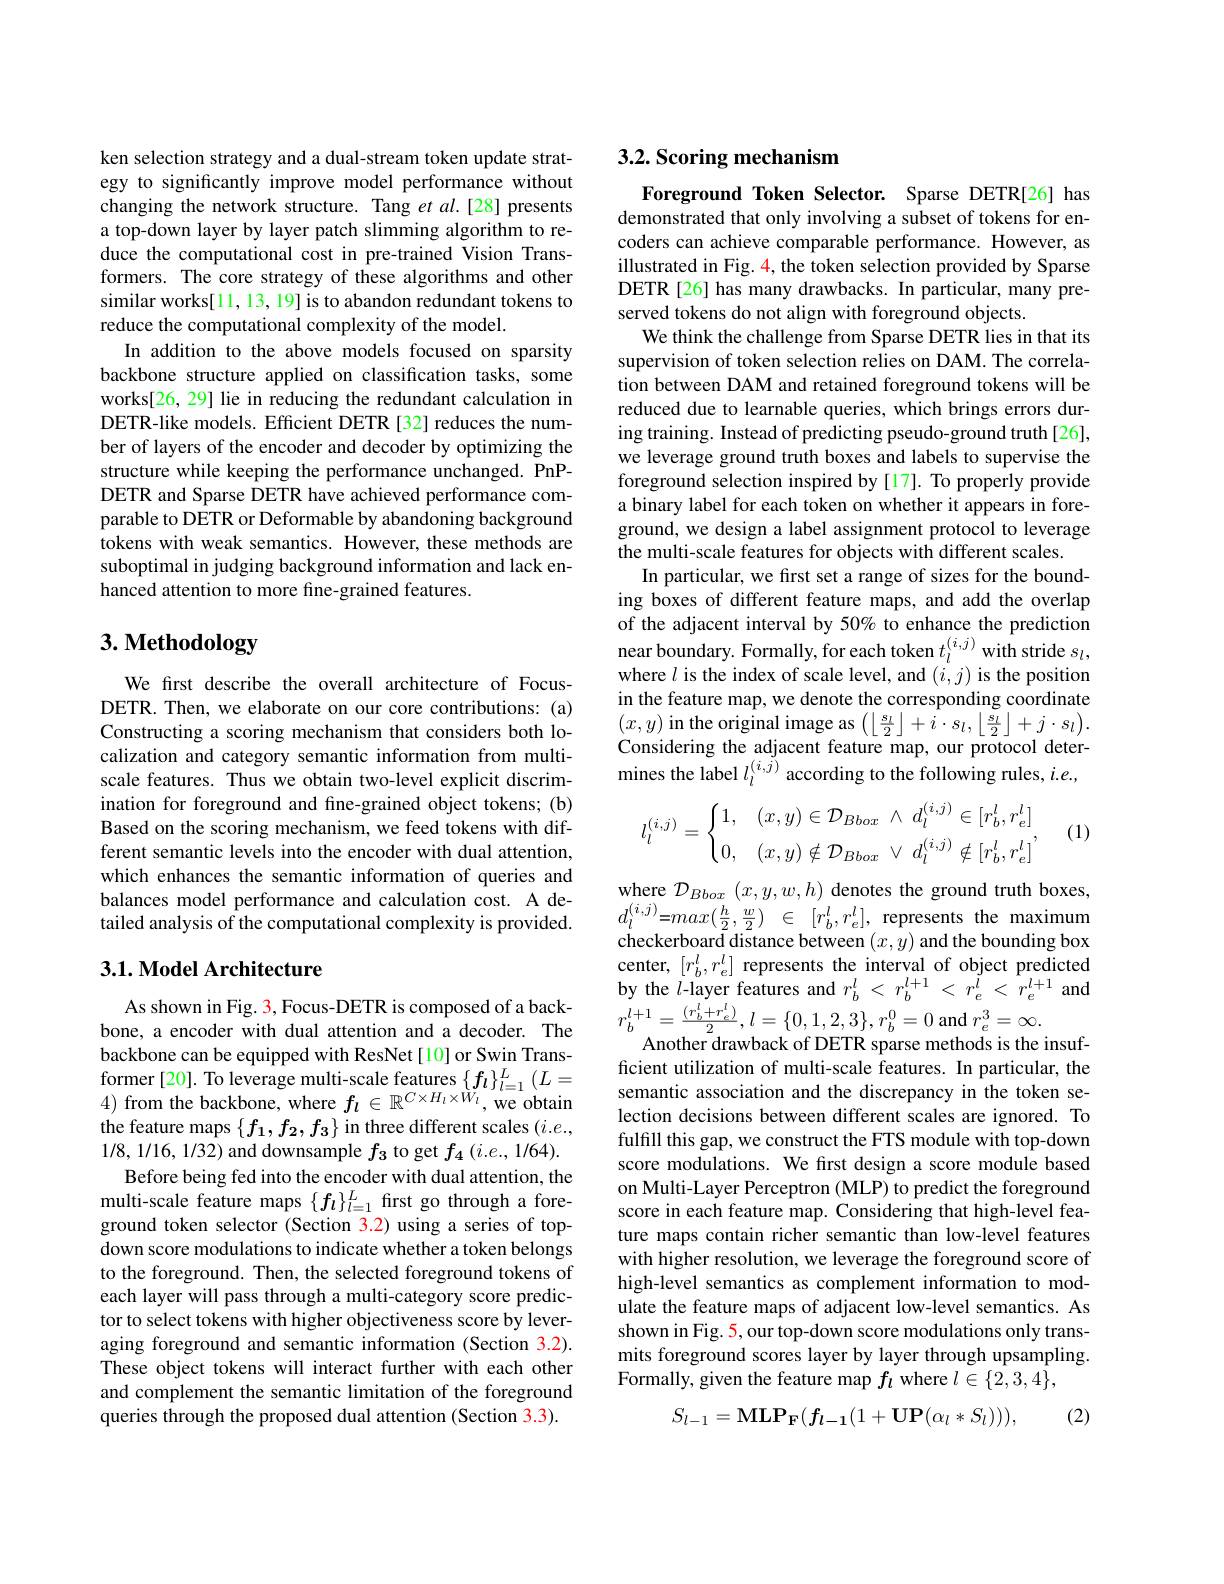
ken selection strategy and a dual-stream token update strategy to significantly improve model performance without changing the network structure. Tang et $al.[28]$ presents a top-down layer by layer patch slimming algorithm to reduce the computational cost in pre-trained Vision Transformers. The core strategy of these algorithms and other similar works[11,13,19] is to abandon redundant tokens to reduce the computational complexity of the model.
In addition to the above models focused on sparsity backbone structure applied on classification tasks, some works[26, 29] lie in reducing the redundant calculation in DETR-like models. Efficient DETR [32] reduces the number of layers of the encoder and decoder by optimizing the structure while keeping the performance unchanged. PnPDETR and Sparse DETR have achieved performance comparable to DETR or Deformable by abandoning background tokens with weak semantics. However, these methods are suboptimal in judging background information and lack enhanced attention to more fine-grained features.

# 3. Methodology

We first describe the overall architecture of FocusDETR. Then, we elaborate on our core contributions: (a) Constructing a scoring mechanism that considers both localization and category semantic information from multiscale features. Thus we obtain two-level explicit discrimination for foreground and fine-grained object tokens; (b) Based on the scoring mechanism, we feed tokens with different semantic levels into the encoder with dual attention, which enhances the semantic information of queries and balances model performance and calculation cost. A detailed analysis of the computational complexity is provided.

## 3.1. Model Architecture

As shown in Fig. 3, Focus-DETR is composed of a backbone, a encoder with dual attention and a decoder. The backbone can be equipped with ResNet[10] or Swin Trans- $\begin{array}{l}\text{former[20]. To leverage multi-scale features}\left\{\boldsymbol{f}_{l}\right\}_{l=1}^{L}\left(L=4\right)\text{from the backbone, where }f_{l}\in\mathbb{R}^{C\times H_{l}\times W_{l}},\text{we obtain}\end{array}$ the feature maps $\{f_1,f_2,f_3\}$ in three different scales $(i.e.$, 1/8,1/16,1/32) and downsample $f_3$ to get $f_4\left(i.e.,1/64\right).$
Before being fed into the encoder with dual attention, the multi-scale feature maps $\{f_l\}_{l=1}^L$ first go through a foreground token selector (Section 3.2) using a series of topdown score modulations to indicate whether a token belongs to the foreground. Then, the selected foreground tokens of each layer will pass through a multi-category score predictor to select tokens with higher objectiveness score by leveraging foreground and semantic information (Section 3.2). These object tokens will interact further with each other and complement the semantic limitation of the foreground queries through the proposed dual attention (Section 3.3).

### 3.2. Scoring mechanism

Foreground Token Selector. Sparse DETR[26] has demonstrated that only involving a subset of tokens for encoders can achieve comparable performance. However, as illustrated in Fig. $\color{red}{4,\text{the token selection provided by Sparse}}$ DETR[26] has many drawbacks. In particular, many preserved tokens do not align with foreground objects.
We think the challenge from Sparse DETR lies in that its supervision of token selection relies on DAM. The correlation between DAM and retained foreground tokens will be reduced due to learnable queries, which brings errors during training. Instead of predicting pseudo-ground truth[26], we leverage ground truth boxes and labels to supervise the foreground selection inspired by[17]. To properly provide a binary label for each token on whether it appears in foreground, we design a label assignment protocol to leverage the multi-scale features for objects with different scales.
In particular, we fırst set a range of sizes for the bounding boxes of different feature maps, and add the overlap of the adjacent interval by 50% to enhance the prediction near boundary. Formally, for each token $t_l^{(i,j)}$ with stride $s_l$, where $l$ is the index of scale level, and $(i,j)$ is the position in the feature map, we denote the corresponding coordinate $(x,y)$ in the original image as $\left(\left\lfloor\frac{s_{l}}{2}\right\rfloor+i\cdot s_{l},\left\lfloor\frac{s_{l}}{2}\right\rfloor+j\cdot s_{l}\right).$ Considering the adjacent feature map, our protocol determines the label $l_l^{(i,j)}$ according to the following rules, $i.e.$,
$$l_l^{(i,j)}=\begin{cases}1,&(x,y)\in\mathcal{D}_{Bbox}\:\wedge\:d_l^{(i,j)}\in[r_b^l,r_e^l]\\0,&(x,y)\notin\mathcal{D}_{Bbox}\:\vee\:d_l^{(i,j)}\notin[r_b^l,r_e^l]\end{cases},$$
(1)

where $\mathcal{D}_{Bbox}(x,y,w,h)$ denotes the ground truth boxes, $d_{l}^{( i, j) }= max( \frac h2, \frac w2)$ $\in$ $[ r_{b}^{l}, r_{e}^{l}] $,represents the maximum checkerboard distance between $(x,y)$ and the bounding box center, $[r_b^l,r_e^l]$ represents the interval of object predicted by the $l$-layer features and $r_b^l<r_b^{l+1}<r_e^{l}<r_e^{l+1}$ and $r_{b}^{l+ 1}= \frac {( r_{b}^{l}+ r_{e}^{l}) }2$, $l= \{ 0, 1, 2, 3\} $, $r_{b}^{0}= 0$ and $r_e^{3}=\infty.$
Another drawback of DETR sparse methods is the insufficient utilization of multi-scale features. In particular, the semantic association and the discrepancy in the token selection decisions between different scales are ignored. To fulfill this gap, we construct the FTS module with top-down score modulations. We first design a score module based on Multi-Layer Perceptron (MLP) to predict the foreground score in each feature map. Considering that high-level feature maps contain richer semantic than low-level features with higher resolution, we leverage the foreground score of high-level semantics as complement information to modulate the feature maps of adjacent low-level semantics. As shown in Fig. 5, our top-down score modulations only transmits foreground scores layer by layer through upsampling Formally, given the feature map $f_l$ where $l\in\{2,3,4\}$,
$$S_{l-1}=\mathbf{MLP_{F}}(f_{l-1}(1+\mathbf{UP}(\alpha_{l}*S_{l}))),$$
(2)